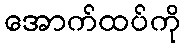
အောက်ထပ်ကို